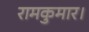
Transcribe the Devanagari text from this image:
रामकुमार।